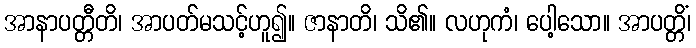
အာနာပတ္တီတိ၊ အာပတ်မသင့်ဟူ၍။ ဇာနာတိ၊ သိ၏။ လဟုကံ၊ ပေါ့သော။ အာပတ္တိံ၊